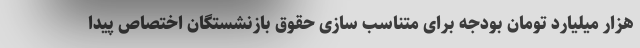
هزار میلیارد تومان بودجه برای متناسب سازی حقوق بازنشستگان اختصاص پیدا